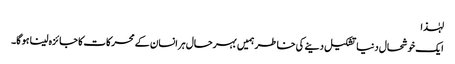
لہٰذا
ایک خوشحال دنیا تشکیل دینے کی خاطر ہمیں بہرحال ہر انسان کے محرکات کا جائزہ لینا ہو گا۔